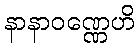
နာနာဝဏ္ဏေဟိ